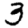
Digit: 3